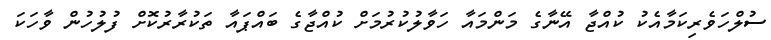
ސުލްހަވެރިކަމާއެކު ކުއްޖާ އޭނާގެ މަންމައާ ހަވާލުކުރުމަށް ކުއްޖާގެ ބައްޕައާ ތަކުރާރުކޮށް ފުލުހުން ވާހަކަ